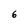
Character: 6